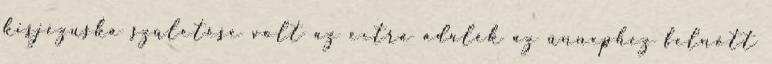
kisjézuska születése volt az extra adalék az ünnephez felnőtt